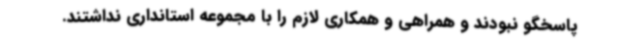
پاسخگو نبودند و همراهی و همکاری لازم را با مجموعه استانداری نداشتند.